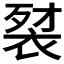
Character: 𲀰